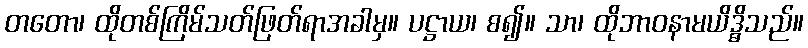
တတော၊ ထိုတစ်ကြိမ်သတ်ဖြတ်ရာအခါမှ။ ပဋ္ဌာယ၊ စ၍။ သာ၊ ထိုဘာဝနာမယိဒ္ဓိသည်။